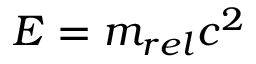
E = m _ { r e l } c ^ { 2 }